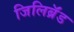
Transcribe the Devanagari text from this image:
जिलिब्रॅंड